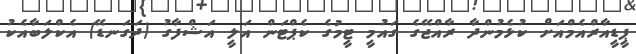
ޕީޑީއާރްއެމްއަށް ކުޅެމުންދާ ރާއްޖޭގެ ގައުމީ ޓީމުގެ ކެޕްޓަން އަލީ އަޝްފާގު (ދަގަނޑޭ) އެކްލަބާއެކު